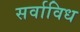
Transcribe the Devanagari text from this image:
सर्वाविध